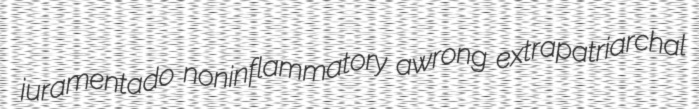
juramentado noninflammatory awrong extrapatriarchal